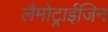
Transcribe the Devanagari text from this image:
लैमोट्राईजिन